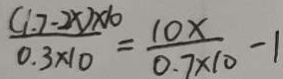
\frac { ( 1 . 7 - 2 x ) \times 1 0 } { 0 . 3 \times 1 0 } = \frac { 1 0 x } { 0 . 7 \times 1 0 } - 1